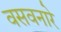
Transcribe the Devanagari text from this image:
वसवनारे